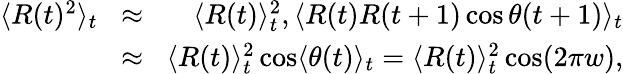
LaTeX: \begin{array}{rlr}{\langle R(t)^{2}\rangle_{t}\! }&{\approx}&{\! \langle R(t)\rangle_{t}^{2},\langle R(t)R(t+1)\cos\theta(t+1)\rangle_{t}}\\ {\! }&{\approx}&{\! \langle R(t)\rangle_{t}^{2}\cos\langle\theta(t)\rangle_{t}=\langle R(t)\rangle_{t}^{2}\cos(2\pi w),}\end{array}